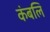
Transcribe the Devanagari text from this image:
कंबलि